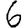
Digit: 6